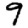
Digit: 9